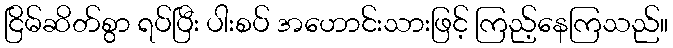
ငြိမ်ဆိတ်စွာ ရပ်ပြီး ပါးစပ် အဟောင်းသားဖြင့် ကြည့်နေကြသည်။